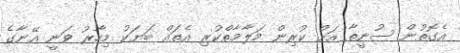
އެގޮތުން ސުނީތާ އަށް ކުރިން މަލާމާތްކުރި އެތައް ބަޔަކު މިހާރު ވަނީ އޭނާގެ